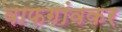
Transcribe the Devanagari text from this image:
वाफगांवकर